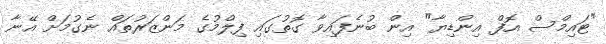
"ޓައިމްސް އޮފް އިންޑިޔާ" އިން ބުނެފައިވާ ގޮތުގައި ފިލްމުގެ މަންޒަރުތައް ނެގުމަށް އޭނާ